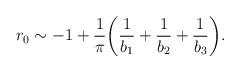
LaTeX: \begin{align*}r_0\sim -1+\frac{1}{\pi}\biggl(\frac{1}{b_1}+\frac{1}{b_2}+\frac{1}{b_3}\biggr).\end{align*}